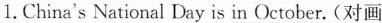
1.China's National Day is in October.（对画